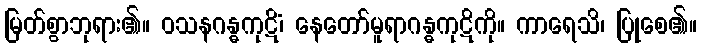
မြတ်စွာဘုရား၏။ ဝသနဂန္ဓကုဋိံ၊ နေတော်မူရာဂန္ဓကုဋိကို။ ကာရေသိ၊ ပြုစေ၏။